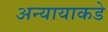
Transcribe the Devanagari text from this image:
अन्यायाकडे